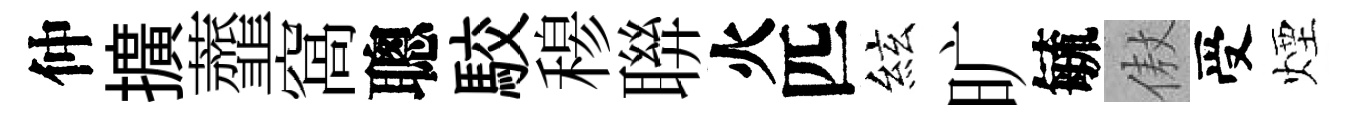
仲擴虀窩聰駮𥠇聨火匹絃旷毓傲受煙